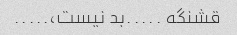
قشنگه .....بد نیست،.....